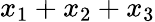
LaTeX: x_{1}+x_{2}+x_{3}